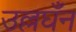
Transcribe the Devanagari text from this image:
उल्लघँन